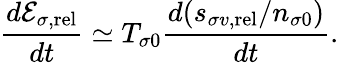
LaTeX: \frac{d{\cal E}_{\sigma,\mathrm{rel}}}{dt}\simeq T_{\sigma 0}\frac{d(s_{\sigma v,\mathrm{rel}}/n_{\sigma 0})}{dt}.